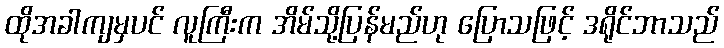
ထိုအခါကျမှပင် လူကြီးက အိမ်သို့ပြန်မည်ဟု ပြောသဖြင့် ဒရိုင်ဘာသည်